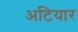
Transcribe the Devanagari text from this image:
अटियार